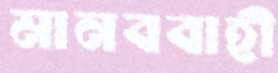
মানববাহী